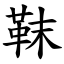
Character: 靺